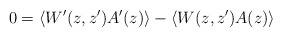
\begin{align*}0 = \langle W^{\prime}(z,z')A^{\prime}(z)\rangle - \langle W(z,z')A(z)\rangle\end{align*}